Civil Veterinary Dept. North-West Frontier Province 1933-46 - 1933-1946
Year: 1933
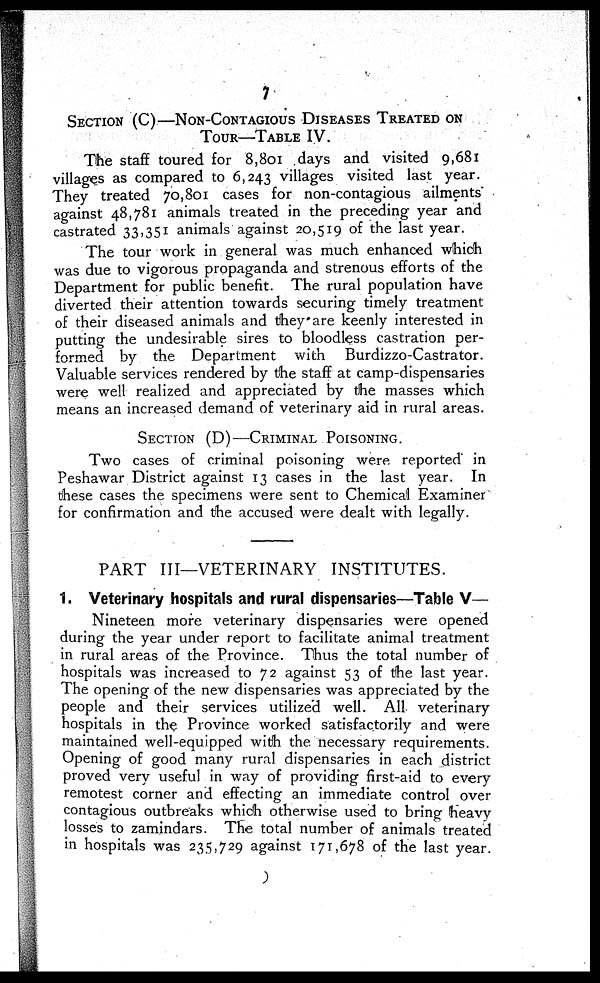
7
SECTION
(C)—NON-CONTAGIOUS
DISEASE
TREATED ON
TOUR—TABLE IV.
The staff toured for 8,801 days and visited 9,681
villages as compared to 6,243 villages visited last year.
They treated 70,801 cases for non-contagious ailments'
against 48,781 animals treated in the preceding year and
castrated 33,351 animals against 20,519 of the last year.
The tour work in general was much enhanced which
was due to vigorous propaganda and strenous efforts of the
Department for public benefit. The rural population have
diverted their attention towards securing timely treatment
of their diseased animals and they are keenly interested in
putting the undesirable sires to bloodless castration per-
formed by the Department with
Burdizzo-Castrator.
Valuable services rendered by the staff at camp-dispensaries
were well realized and appreciated by the masses which
means an increased demand of veterinary aid in rural areas.
SECTION (D)—CRIMINAL POISONING.
Two cases of criminal poisoning were reported in
Peshawar District against 13 cases in the last year. In
these cases the specimens were sent to Chemical Examiner
for confirmation and the accused were dealt with legally.
PART III—VETERINARY INSTITUTES.
1. Veterinary hospitals and rural dispensaries—Table V—
Nineteen more veterinary dispensaries were opened
during the year under report to facilitate animal treatment
in rural areas of the Province. Thus the total number of
hospitals was increased to 72 against 53 of the last year.
The opening of the new dispensaries was appreciated by the
people and their services utilized well. All veterinary
hospitals in the Province worked satisfactorily and were
maintained well-equipped with the necessary requirements.
Opening of good many rural dispensaries in each district
proved very useful in way of providing first-aid to every
remotest corner and effecting an immediate control over
contagious outbreaks which otherwise used to bring heavy
losses to zamindars. The total number of animals treated
in hospitals was 235,729 against 171,678 of the last year.